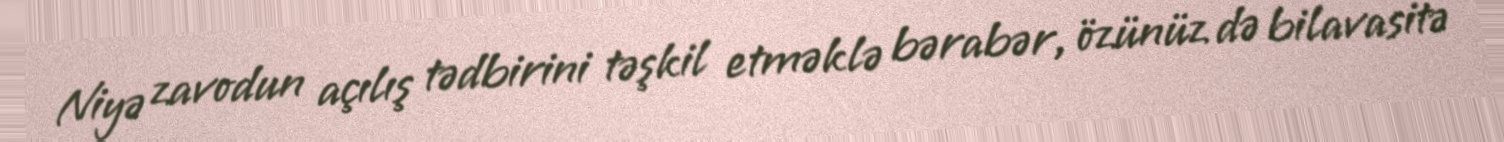
Niyə zavodun açılış tədbirini təşkil etməklə bərabər, özünüz də bilavasitə